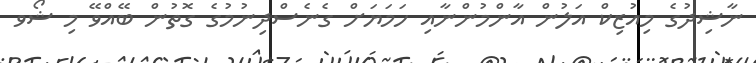
ނާޝިދުގެ މިއުޒިކް އަލުން އާންމުންނާއި ހަމަޔަށް ގެނެސްދިނުމުގެ ގޮތުން ބޭއްވޭ މި ޝޯވ